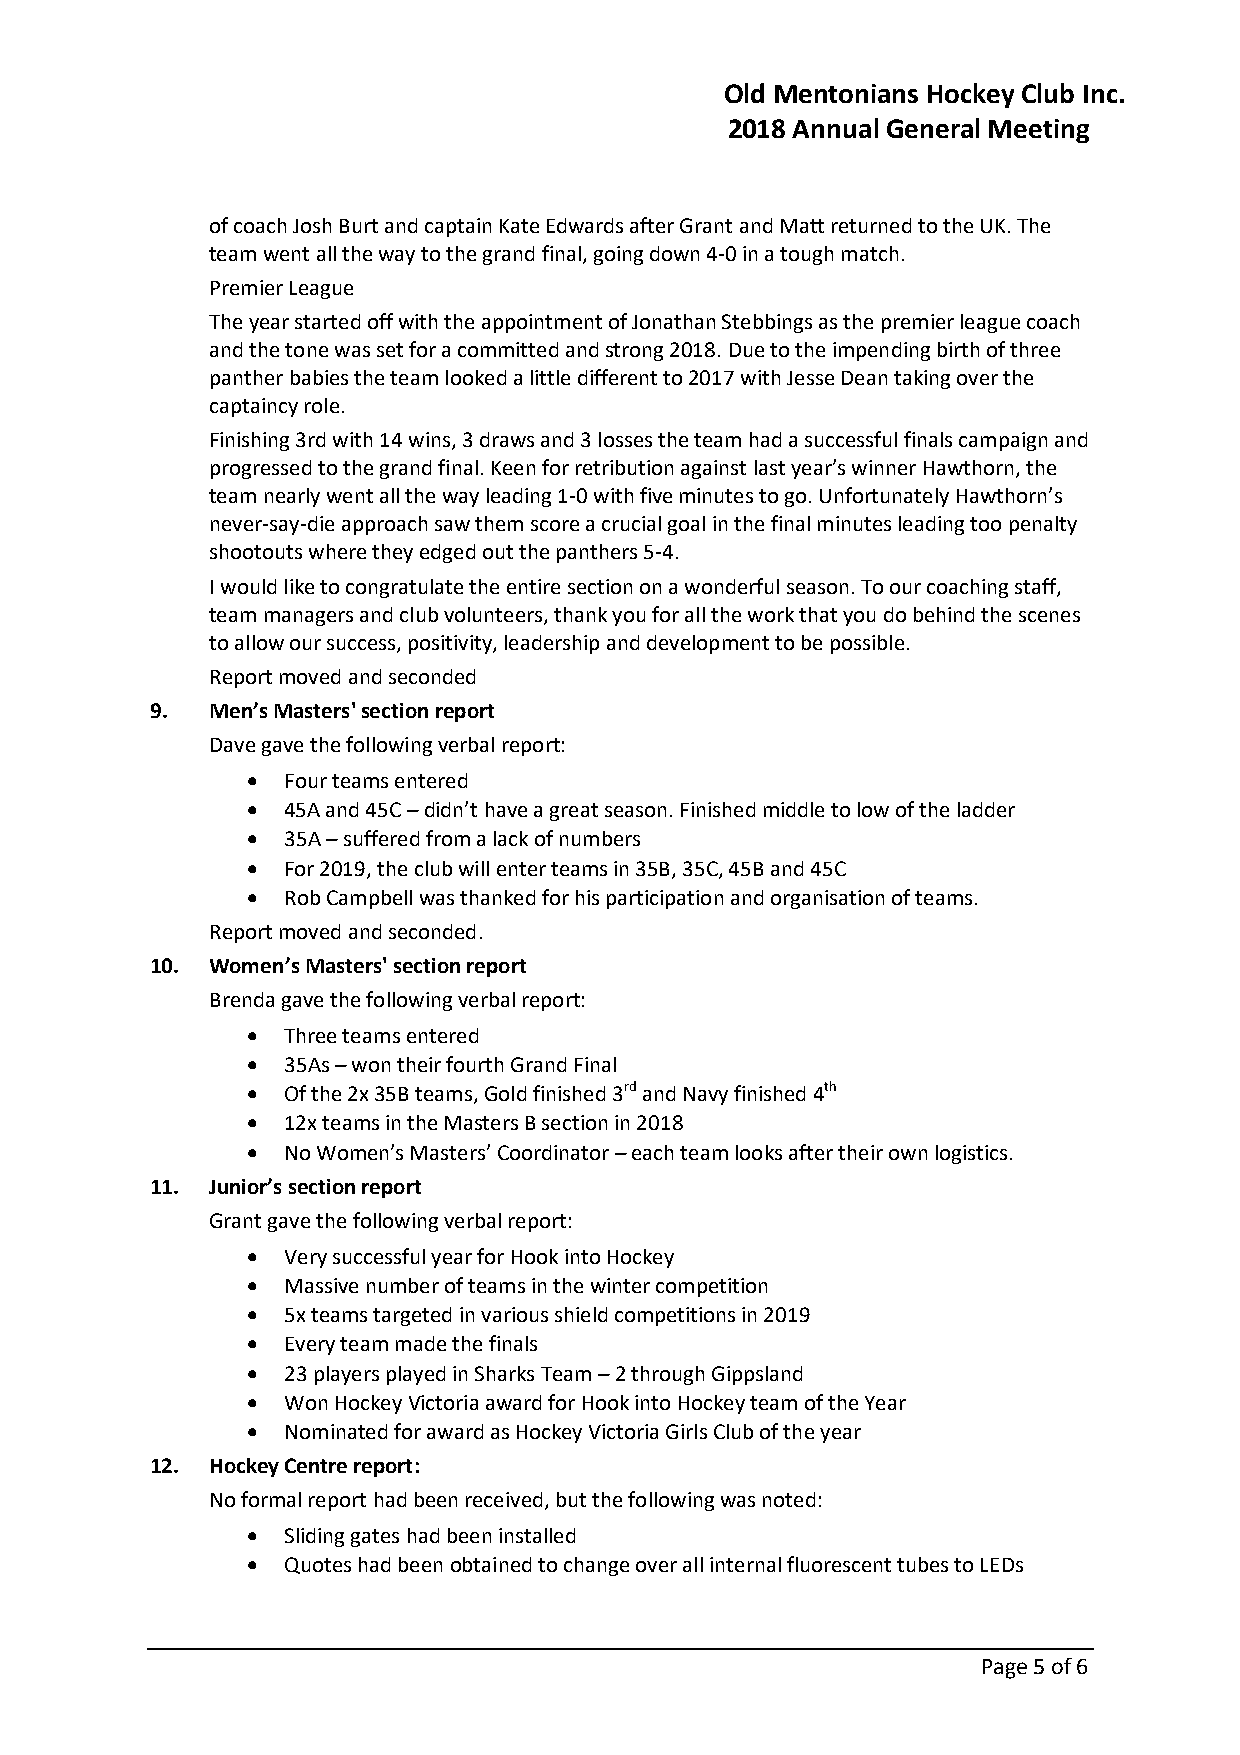
Old Mentonians Hockey Club Inc.
 2018 Annual General Meeting
 of coach Josh Burt and captain Kate Edwards after Grant and Matt returned to the UK. The
 team went all the way to the grand final, going down 4-0 in a tough match.
 Premier League
 The year started off with the appointment of Jonathan Stebbings as the premier league coach
 and the tone was set for a committed and strong 2018. Due to the impending birth of three
 panther babies the team looked a little different to 2017 with Jesse Dean taking over the
 captaincy role.
 Finishing 3rd with 14 wins, 3 draws and 3 losses the team had a successful finals campaign and
 progressed to the grand final. Keen for retribution against last year’s winner Hawthorn, the
 team nearly went all the way leading 1-0 with five minutes to go. Unfortunately Hawthorn’s
 never-say-die approach saw them score a crucial goal in the final minutes leading too penalty
 shootouts where they edged out the panthers 5-4.
 I would like to congratulate the entire section on a wonderful season. To our coaching staff,
 team managers and club volunteers, thank you for all the work that you do behind the scenes
 to allow our success, positivity, leadership and development to be possible.
 Report moved and seconded
 9.  Men’sMasters' section report
 Dave gave the followingverbal report:
   Four teams entered
   45A and 45C– didn’t have a great season. Finished middle to low of the ladder
   35A– suffered from a lack of numbers
   For 2019, theclub will enter teams in 35B, 35C, 45B and 45C
   Rob Campbell was thanked for his participation and organisation of teams.
 Report moved and seconded.
 10. Women’sMasters' section report
 Brenda gave the following verbal report:
   Three teams entered
   35As– wontheir fourth Grand Final
   Of the 2x 35B teams, Gold finished 3rd and Navy finished 4th
   12x teams in the Masters B section in 2018
   No Women’s Masters’ Coordinator– each team looks after their own logistics.
 11. Junior’s section report
 Grant gave the followingverbal report:
   Very successful year for Hook into Hockey
   Massive number of teams in the winter competition
   5x teams targeted in various shield competitions in 2019
   Every team made the finals
   23 players played in Sharks Team– 2 through Gippsland
   Won Hockey Victoria award for Hook into Hockey team of the Year
   Nominated for award as Hockey Victoria Girls Club of the year
 12. Hockey Centre report:
 No formal report had been received, but the following was noted:
   Sliding gates had been installed
   Quotes had beenobtained to change over all internal fluorescent tubes to LEDs
 Page 5 of 6